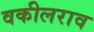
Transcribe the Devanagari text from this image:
वकीलराव